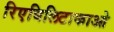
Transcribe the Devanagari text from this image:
रिएबिलिटाकाओ